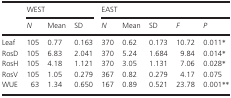
<table><thead><tr><td></td><td colspan="3"><b>WEST</b></td><td colspan="5"><b>EAST</b></td></tr><tr><td></td><td><b><i>N</i></b></td><td><b>Mean</b></td><td><b>SD</b></td><td><b><i>N</i></b></td><td><b>Mean</b></td><td><b>SD</b></td><td><b><i>F</i></b></td><td><b><i>P</i></b></td></tr></thead><tbody><tr><td>Leaf</td><td>105</td><td>0.77</td><td>0.163</td><td>370</td><td>0.62</td><td>0.173</td><td>10.72</td><td>0.011*</td></tr><tr><td>RosD</td><td>105</td><td>6.83</td><td>2.041</td><td>370</td><td>5.24</td><td>1.684</td><td>9.84</td><td>0.014*</td></tr><tr><td>RosH</td><td>105</td><td>4.18</td><td>1.121</td><td>370</td><td>3.05</td><td>1.131</td><td>7.06</td><td>0.028*</td></tr><tr><td>RosV</td><td>105</td><td>1.05</td><td>0.279</td><td>367</td><td>0.82</td><td>0.279</td><td>4.17</td><td>0.075</td></tr><tr><td>WUE</td><td>63</td><td>1.34</td><td>0.650</td><td>167</td><td>0.89</td><td>0.521</td><td>23.78</td><td>0.001**</td></tr></tbody></table>